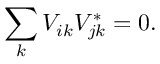
\sum _ { k } V _ { i k } V _ { j k } ^ { * } = 0 .